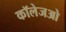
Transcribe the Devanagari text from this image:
कॉलेजओ